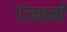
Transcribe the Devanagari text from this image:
पंज्यानी